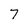
Character: 7